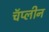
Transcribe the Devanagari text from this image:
चॅप्लीन